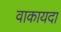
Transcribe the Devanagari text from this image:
वाकायदा